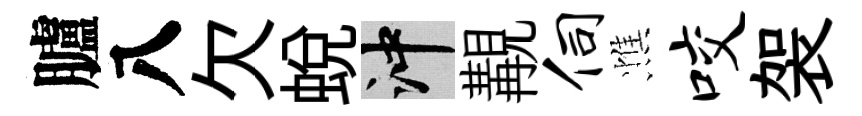
臚八欠蛻冲覯伺憔咬袈